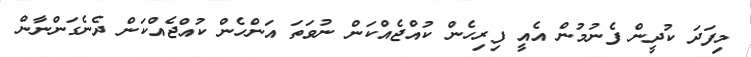
މިފަދަ ކުދީން ފެނުމުން އެއީ ފިރިހެން ކުއްޖެއްކަން ނުވަތަ އަންހެން ކުއްޖެއްކަން ދެނެގަންނާން